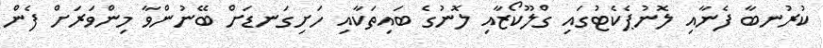
ކުރުނބާ ފެނާއި ލޮނުޕެކެޓުގައި ގްލޫކޯޒާއި ލޮނުގެ ބައިތަކާއި ހަށިގަނޑަށް ބޭނުންވާ މިންވަރަށް ފެން